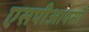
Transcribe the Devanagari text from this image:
एसपीआयसी